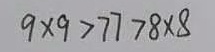
9 \times 9 > 7 7 > 8 \times 8